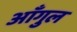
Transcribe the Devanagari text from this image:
आँगुल